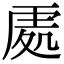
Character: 𠙚